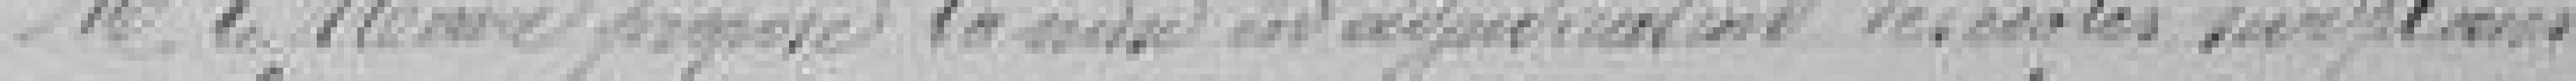
Monsieur le Maire propose la mise en adjudication les écoles sur les plans